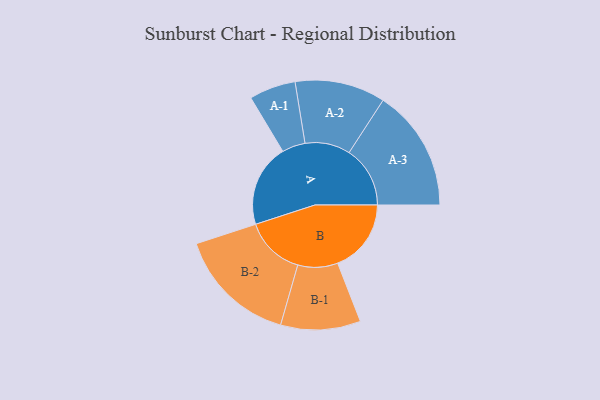
{"axis": {"x": "Segment", "y": "Value"}, "legend": ["", "A", "B"], "data": [{"x": "A", "y": 376, "type": ""}, {"x": "B", "y": 335, "type": ""}, {"x": "A-1", "y": 106, "type": "A"}, {"x": "A-2", "y": 206, "type": "A"}, {"x": "A-3", "y": 278, "type": "A"}, {"x": "B-1", "y": 182, "type": "B"}, {"x": "B-2", "y": 273, "type": "B"}]}